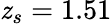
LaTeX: \mathit{z}_{s}=1.51